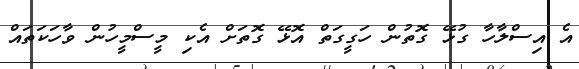
އެ އިސްލާހާ ގުޅޭ ގޮތުން ހަގީގަތް އޮޅޭ ގޮތަށް އެކި މީސްމީހުން ވާހަކަތައް